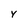
Character: y